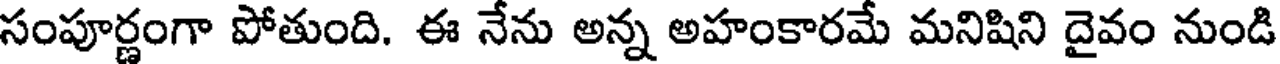
సంపూర్ణంగా పోతుంది. ఈ నేను అన్న అహంకారమే మనిషిని దైవం నుండి